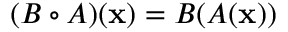
( B \circ A ) ( \mathbf { x } ) = B ( A ( \mathbf { x } ) )